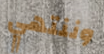
وننتهي